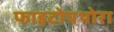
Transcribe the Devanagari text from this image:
फाइटोपथोरा